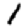
Digit: 1